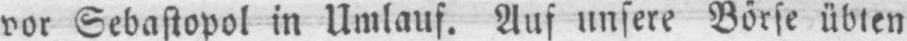
vor Sebastopol in Umlauf. Auf unsere Börse übten